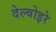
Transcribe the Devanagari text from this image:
देल्वोइरे